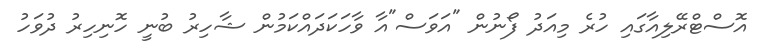
އޮސްޓްރޭލިއާގައި ހުރެ މިއަދު ފޯނުން "އަވަސް"އާ ވާހަކަދައްކަމުން ޝާހިރު ބުނީ ހޮނިހިރު ދުވަހު